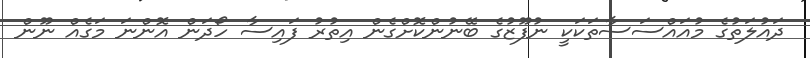
ދައުލަތުގެ މުއައްސަސާތަކަކީ ނުފޫޒުގެ ބޭނުންކޮށްގެން އިތުރު ފައިސާ ހޯދަން އޮންނަ މަގެއް ނޫން